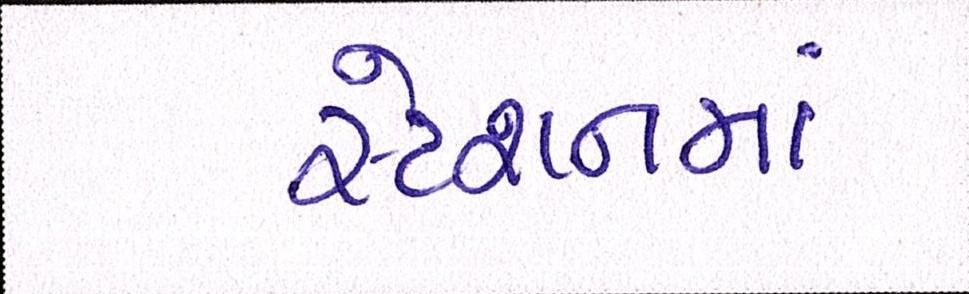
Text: સ્ટેશનમાં